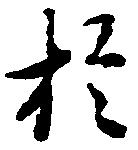
於